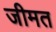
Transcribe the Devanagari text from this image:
जीमत